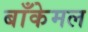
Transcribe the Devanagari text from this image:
बाँकेमल